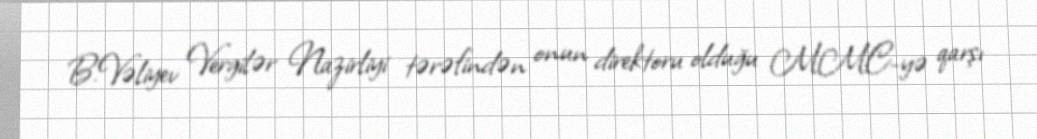
B.Vəliyev Vergilər Nazirliyi tərəfindən onun direktoru olduğu MMC-yə qarşı